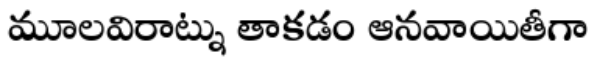
మూలవిరాట్ను తాకడం ఆనవాయితీగా